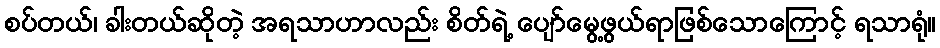
စပ်တယ်၊ ခါးတယ်ဆိုတဲ့ အရသာဟာလည်း စိတ်ရဲ့ ပျော်မွေ့ဖွယ်ရာဖြစ်သောကြောင့် ရသာရုံ။